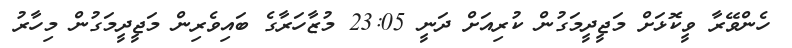
ހެންވޭރާ ވީކޮޅަށް މަޖީދީމަގުން ކުރިއަށް ދަނީ 23:05 މުޒާހަރާގެ ބައިވެރިން މަޖީދީމަގުން މިހާރު